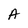
Character: A